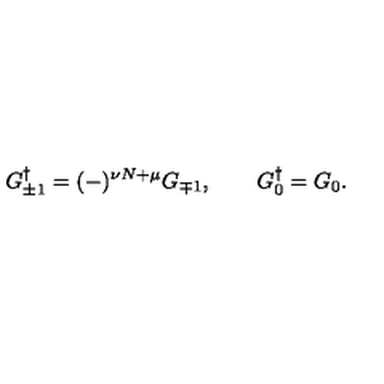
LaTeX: G _ { \pm 1 } ^ { \dagger } = ( - ) ^ { \nu N + \mu } G _ { \mp 1 } , \quad \quad G _ { 0 } ^ { \dagger } = G _ { 0 } .